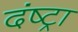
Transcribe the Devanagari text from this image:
दंष्ट्रा